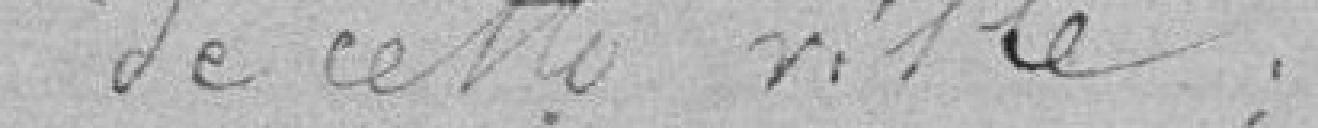
de cette ville :